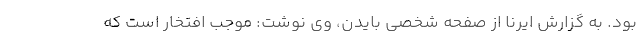
بود. به گزارش ایرنا از صفحه شخصی بایدن، وی نوشت: موجب افتخار است که